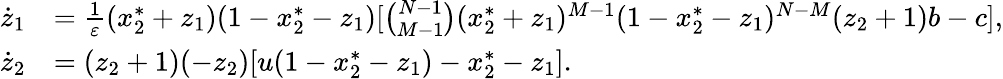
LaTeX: \begin{array}{rl}{\dot{z}_{1}}&{=\frac{1}{\varepsilon}(x_{2}^{*}+z_{1})(1-x_{2}^{*}-z_{1})[\binom{N-1}{M-1}(x_{2}^{*}+z_{1})^{M-1}(1-x_{2}^{*}-z_{1})^{N-M}(z_{2}+1)b-c],}\\ {\dot{z}_{2}}&{=(z_{2}+1)(-z_{2})[u(1-x_{2}^{*}-z_{1})-x_{2}^{*}-z_{1}].}\end{array}